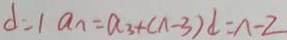
d = 1 a _ { n } = a _ { 3 } + ( n - 3 ) d = n - 2